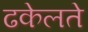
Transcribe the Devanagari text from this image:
ढकेलते